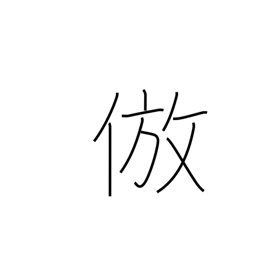
Meaning: imitate